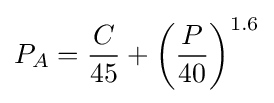
P_{A}={\frac {C}{45}}+\left({\frac {P}{40}}\right)^{1.6}